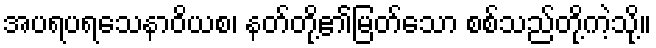
အပရပရသေနာဝိယစ၊ နတ်တို့၏မြတ်သော စစ်သည်တို့ကဲ့သို့။